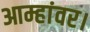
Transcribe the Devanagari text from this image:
आम्हांवर।